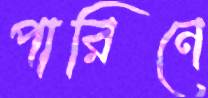
পারিনে